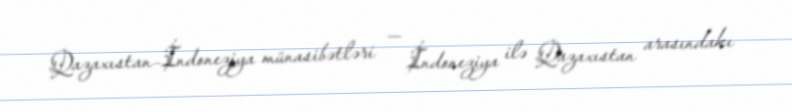
Qazaxıstan–İndoneziya münasibətləri — İndoneziya ilə Qazaxıstan arasındakı